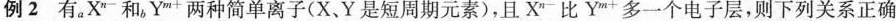
例2有_{a}X^{n-}和_{b}Y^{m+}两种简单离子(X、Y是短周期元素)，且X^{n-}比Y^{m+}多一个电子层，则下列关系正确